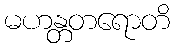
မဟန္တတရောတိ